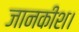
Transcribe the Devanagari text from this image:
जानकीश।